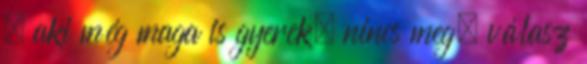
, aki még maga is gyerek, nincs meg. válasz